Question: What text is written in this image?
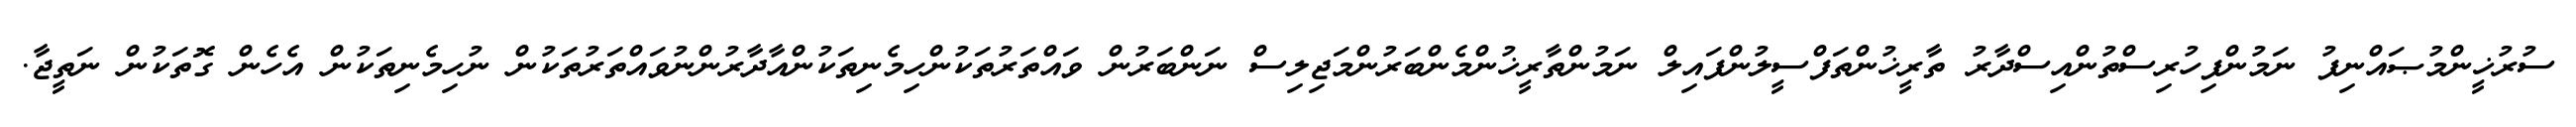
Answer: ސުރުޚީންމުޞައްނިފު ނަމުންފިހުރިސްތުންއިސްދާރު ތާރީޚުންތަފްސީލުންފައިލް ނަމުންތާރީޚުންމެންބަރުންމަޖިލިސް ނަންބަރުން ވައްތަރުތަކުންހިމެނިތަކުންއާދާރުންނުވައްތަރުތަކުން ނުހިމެނިތަކުން އެހެން ގޮތަކުން ނަތީޖާ.